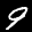
Label: 9